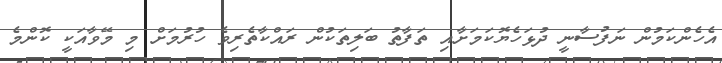
އެހެންކަމުން ނަފުސާނީ ދުޅަހެޔޮކަމަށާއި ތަފާތު ބަލިތަކުން ރައްކާތެރިވެ ހުރުމަށް މި މޭވާއަކީ ކޮންމެ